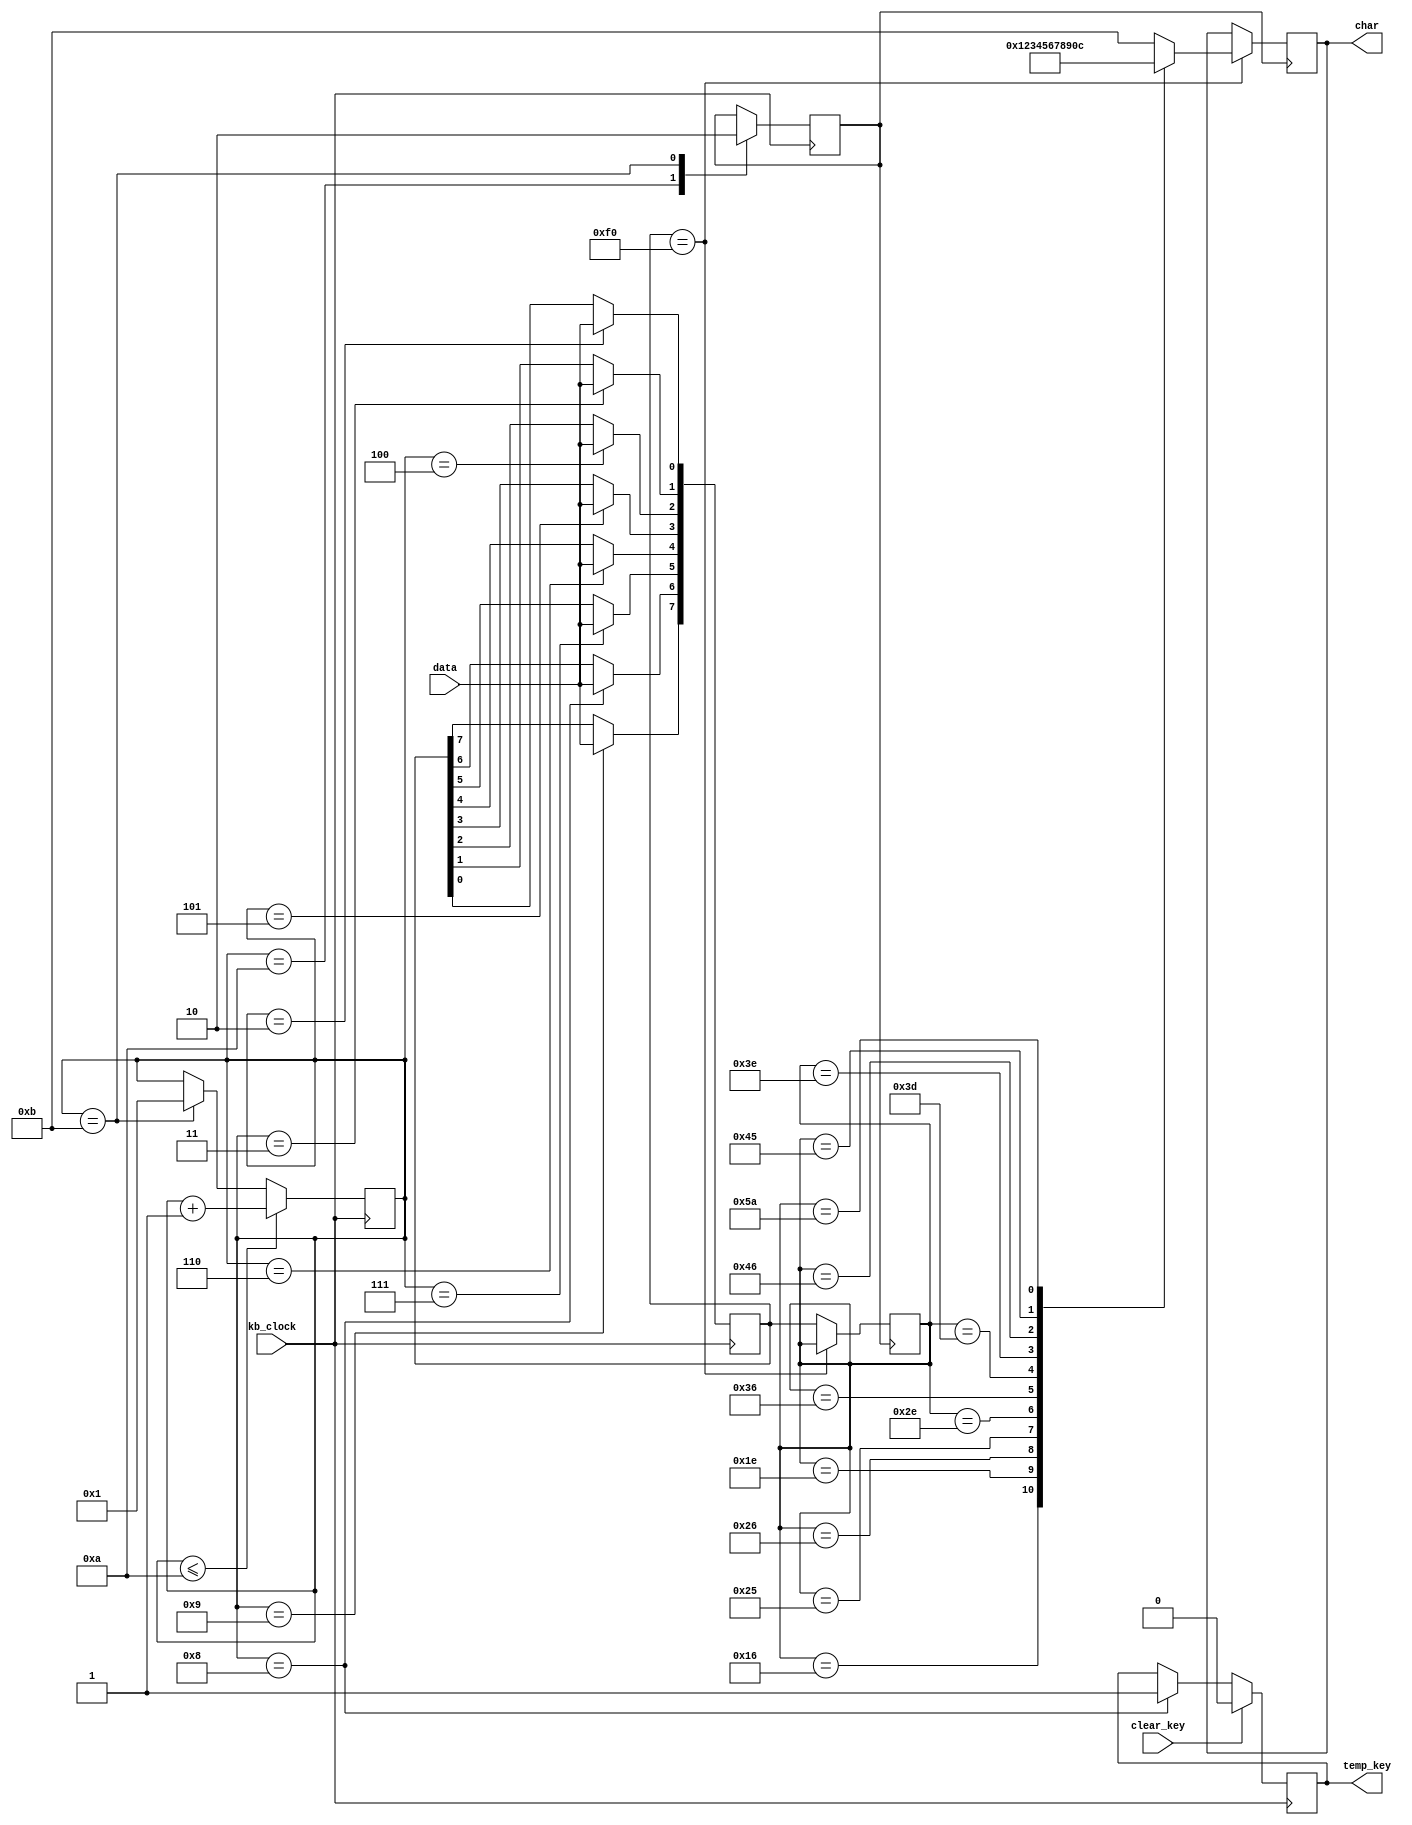
`timescale 1ns / 1ps
//////////////////////////////////////////////////////////////////////////////////
// Class: EEL5722C 
// 
// Design Name: PS2 Keyboard Interface
// Module Name:    keyb 
// Project Name: Lab Assignment 3 code used in Lab5
// Target Devices: Keyboard, Virtex 2P development kit
// Tool versions: 
// Description: all good no worries.
//
// Dependencies: 
//
// Revision: 
// Revision 0.01 - File Created
// Additional Comments: 
//
//////////////////////////////////////////////////////////////////////////////////
module keyb(
input wire kb_clock, // This is the clock signal from Keyboard
input wire data, //This is the clock signal from Keyboard
output reg [3:0] char,//charoutputs on the kit
output reg temp_key, // stores the data being read
input clear_key // tells if the key is pressed or not.....
);

//=============================== Declare Additional Registers required =========== Start ===========
reg [7:0] d_current;
reg [7:0] d_previous;
reg [3:0] count;
reg break;
//=============================== Declare Additional Registers required =========== End ===========

//=============================== Intialize the declared Registers =========== Start ===========
initial
begin
count<=4'h1; // count to keep a track of the current data bit
break<=1'b0;
d_current<=8'hf0;
d_previous<=8'hf0;
char<=3'b0;
end
//=============================== Intialize the declared Registers =========== End ===========

//============================ Receive the data from keyboard ================== Start ========
always @(negedge kb_clock) //at the falling edge of the clock
begin
case(count)
1:; //starting bit
2:d_current[0]<=data; // read next 8 data bits
3:d_current[1]<=data;
4:d_current[2]<=data;
5:d_current[3]<=data;
6:d_current[4]<=data;
7:d_current[5]<=data;
8: begin d_current[6]<=data; temp_key <=1; end
9:d_current[7]<=data;
10:break<=1'b1; //Parity bit
11:break<=1'b0; //Ending bit
endcase
 if(count<=10)
 count<=count+1;
 else if(count==11)
 count<=1;
 if (clear_key) 
	begin
	temp_key <= 0; // clear the falg when break...
	end
end
//============================ Receive the data from keyboard ================== END ========

//============================ Display the read data ================== Start ========
always@(posedge break) // Printing data obtained to charlights
begin
if(d_current==8'hf0)
begin
case(d_previous)
8'h16: char<= 4'b0001;  //1
8'h1E: char<= 4'b0010; //2
8'h26: char<= 4'b0011; //3
8'h25: char<= 4'b0100; //4
8'h2E: char<= 4'b0101; //5
8'h36: char<= 4'b0110; //6
8'h3D: char<= 4'b0111; //7
8'h3E: char<= 4'b1000; //8
8'h46: char<= 4'b1001; //9
8'h45: char<= 4'b0000; //0
8'h5A: char<= 4'b1100; //Enter Key
default: char<= 4'b1011; // display E
endcase
end
 else
 d_previous<=d_current;
//============================ Display the read data ================== END ========
end endmodule